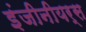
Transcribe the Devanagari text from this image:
इंजीनीयर्स